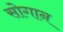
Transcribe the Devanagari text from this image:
सोगान